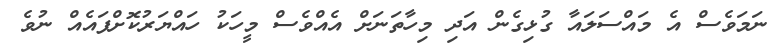
ނަމަވެސް އެ މައްސަލައާ ގުޅިގެން އަދި މިހާތަނަށް އެއްވެސް މީހަކު ހައްޔަރުކޮށްފައެއް ނުވެ